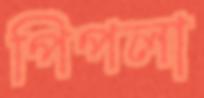
পিপলা